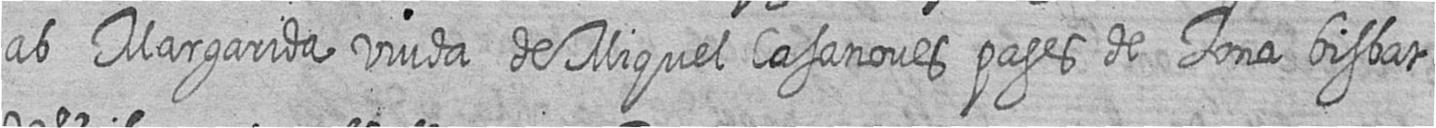
ab Margarida viuda de Miquel Casanoves pages de Tona bisbat